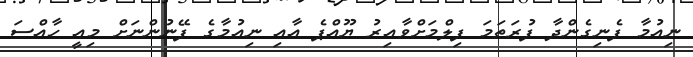
ނިއުމާ ފެނިގެންދާ ފުރަތަމަ ފިލްމަށްވާއިރު ޔޫއްޕެ އާއި ނިއުމާގެ ފޭނުންނަށް މިއީ ހާއްސަ